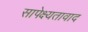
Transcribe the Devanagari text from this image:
सापेक्ष्यतावाद